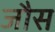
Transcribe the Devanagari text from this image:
जौस